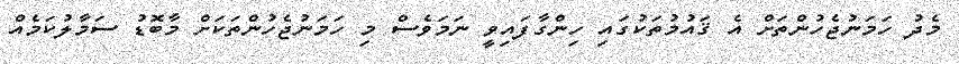
މެދު ހަމަނުޖެހުންތަށް އެ ޤައުމުތަކުގައި ހިންގާފައިވީ ނަމަވެސް މި ހަމަނުޖެހުންތަކަށް މާބޮޑު ސަމާލުކަމެއް